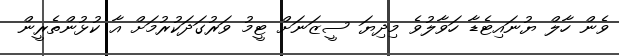
ވެން ހާލް ޔުނައިޓެޑާ ހަވާލުވެ މިދިޔަ ސީޒަނަށް ޓީމު ވަރުގަދަކުރުމަށް އާ ކުޅުންތެރީން